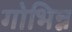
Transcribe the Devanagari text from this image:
गोभिन्न